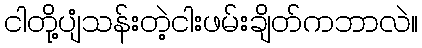
ငါတို့ပျံသန်းတဲ့ငါးဖမ်းချိတ်ကဘာလဲ။